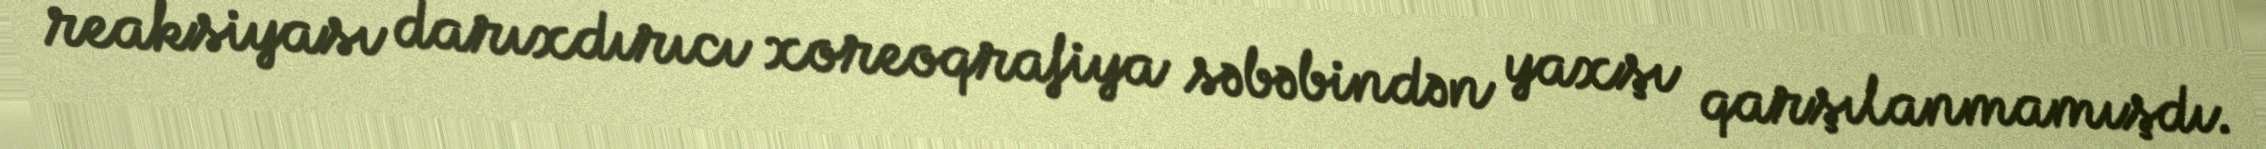
reaksiyası darıxdırıcı xoreoqrafiya səbəbindən yaxşı qarşılanmamışdı.